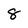
Character: 8